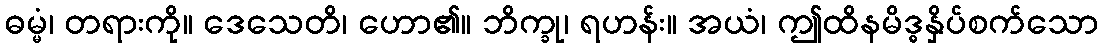
ဓမ္မံ၊ တရားကို။ ဒေသေတိ၊ ဟော၏။ ဘိက္ခု၊ ရဟန်း။ အယံ၊ ဤထိနမိဒ္ဓနှိပ်စက်သော